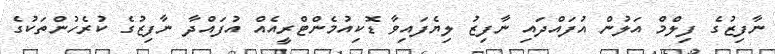
ނާފިޒުގެ ފިލްމް އަލުން އުފައްދައި ނާފިޒު ލިޔެފައިވާ ޑޮކިއުމެންޓްރީއެއް އުފައްދާ ނާފިޒުގެ ކުރެހުންތަކުގެ